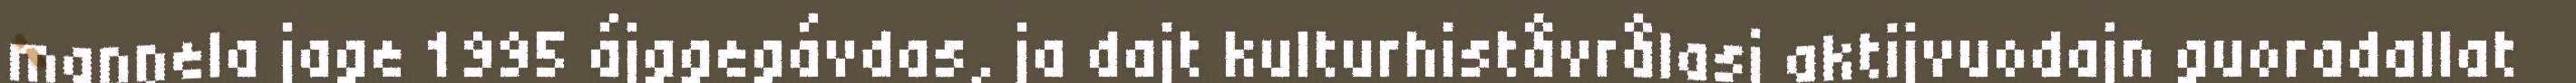
maŋŋela jage 1995 ájggegávdas, ja dajt kulturhiståvrålasj aktijvuodajn guoradallat